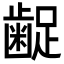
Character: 𮯇